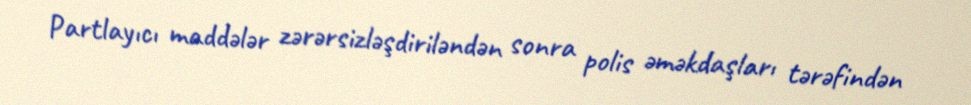
Partlayıcı maddələr zərərsizləşdiriləndən sonra polis əməkdaşları tərəfindən